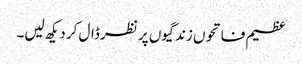
عظیم فاتحوں زندگیوں پر نظر ڈال کر دیکھ لیں۔